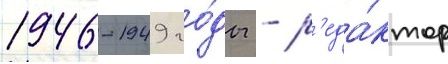
1946-1949 го́ды - р'еда́ктор